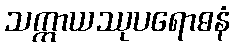
သက္ကာယဿုပရောဓနံ